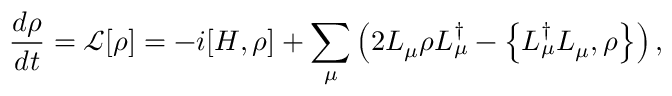
\frac { d \rho } { d t } = \mathcal { L } [ \rho ] = - i [ H , \rho ] + \sum _ { \mu } \left( 2 L _ { \mu } \rho L _ { \mu } ^ { \dagger } - \left\{ L _ { \mu } ^ { \dagger } L _ { \mu } , \rho \right\} \right) ,